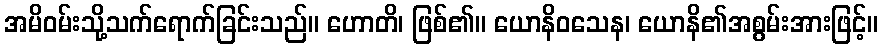
အမိဝမ်းသို့သက်ရောက်ခြင်းသည်။ ဟောတိ၊ ဖြစ်၏။ ယောနိဝသေန၊ ယောနိ၏အစွမ်းအားဖြင့်။